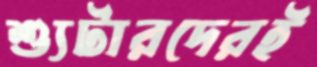
শ্যুটারদেরই